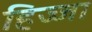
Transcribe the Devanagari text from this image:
हिज्जा